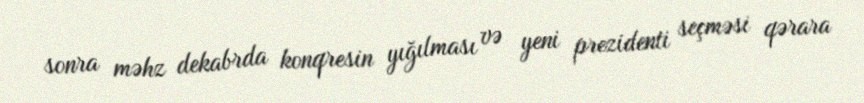
sonra məhz dekabrda konqresin yığılması və yeni prezidenti seçməsi qərara